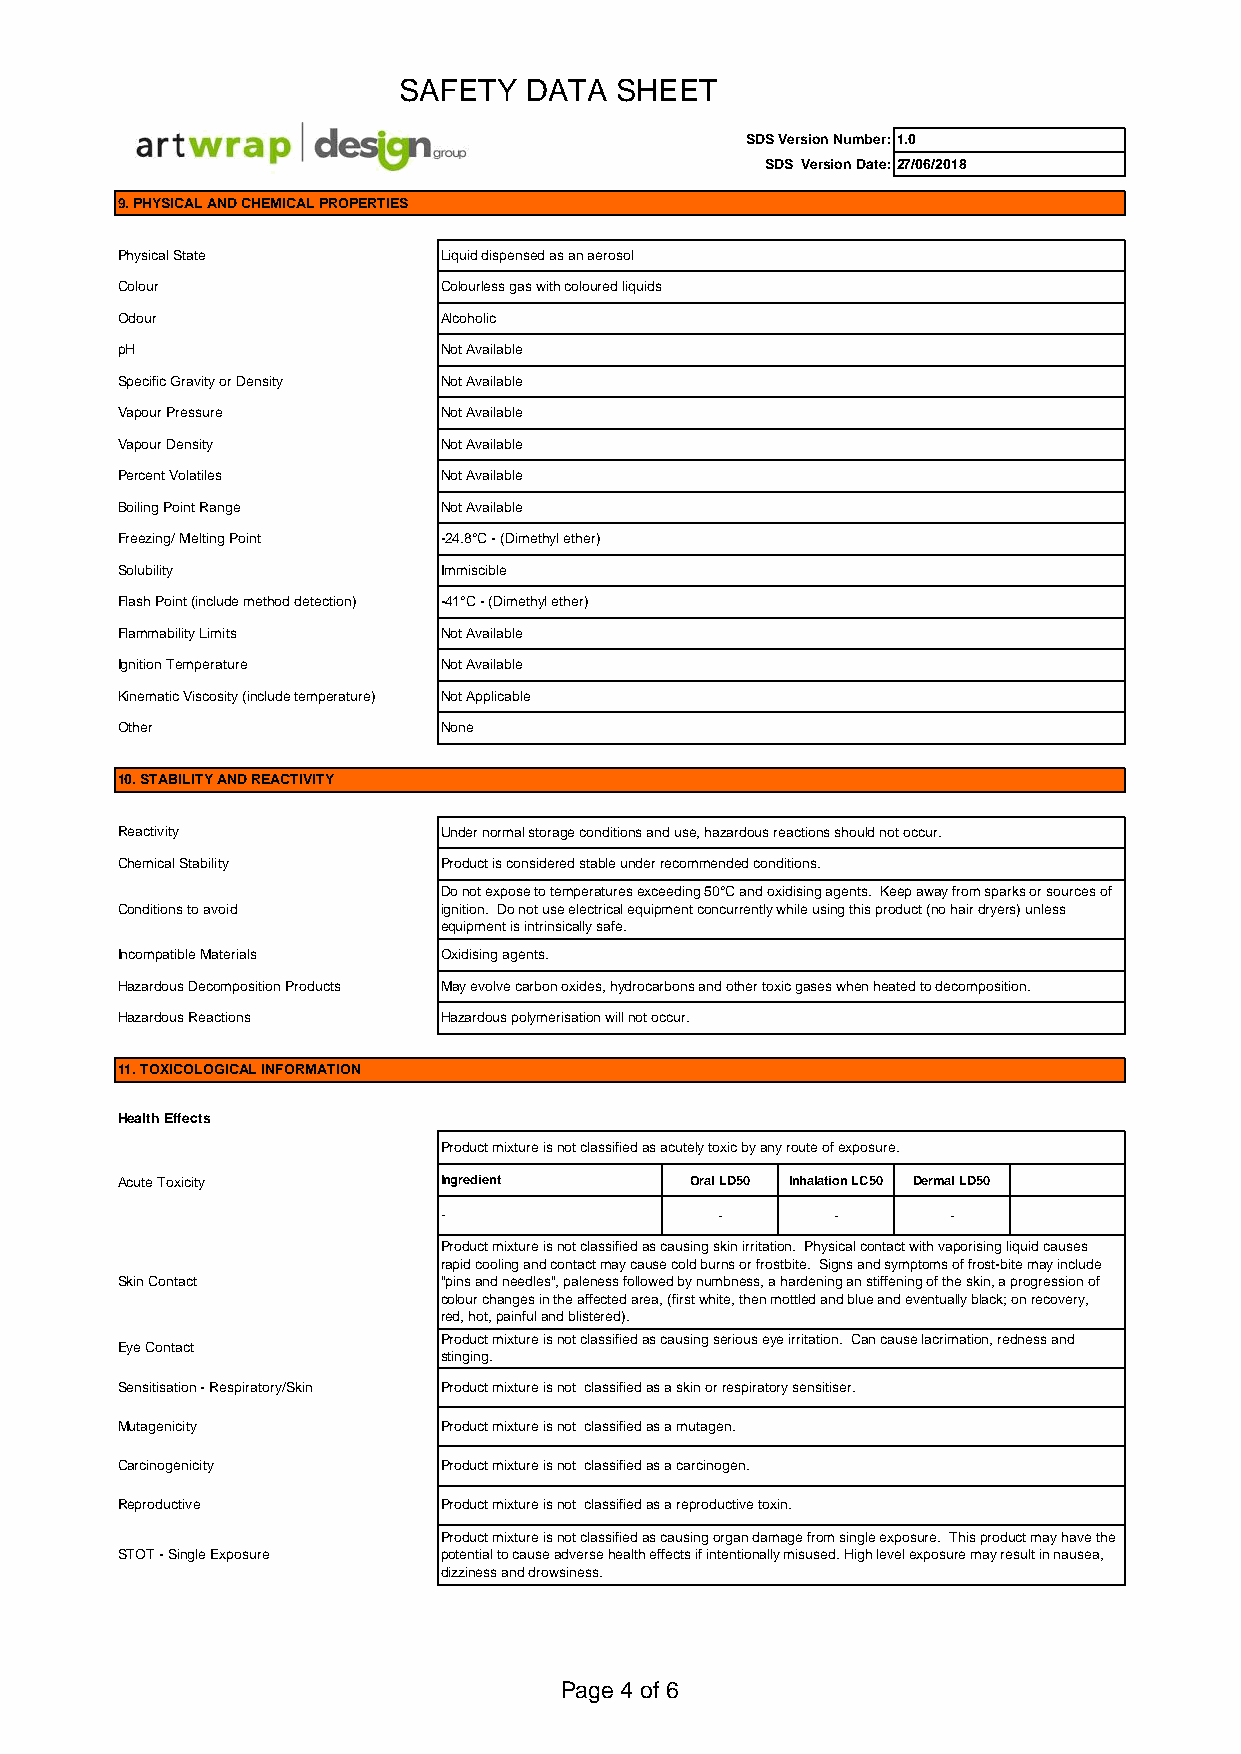
SAFETY   DATA  SHEET
 SDS Version Number:1.0
 SDS Version Date:27/06/2018
 9. PHYSICAL AND CHEMICAL PROPERTIES
 Physical State       Liquid dispensed as an aerosol
 Colour               Colourless gas with coloured liquids
 Odour                Alcoholic
 pH                   Not Available
 Specific Gravity or Density Not Available
 Vapour Pressure      Not Available
 Vapour Density       Not Available
 Percent Volatiles    Not Available
 Boiling Point Range  Not Available
 Freezing/ Melting Point -24.8°C - (Dimethyl ether)
 Solubility           Immiscible
 Flash Point (include method detection) -41°C - (Dimethyl ether)
 Flammability Limits  Not Available
 Ignition Temperature Not Available
 Kinematic Viscosity (include temperature) Not Applicable
 Other                None
 10. STABILITY AND REACTIVITY
 Reactivity           Under normal storage conditions and use, hazardous reactions should not occur.
 Chemical Stability   Product is considered stable under recommended conditions.
 Do not expose to temperatures exceeding 50°C and oxidising agents. Keep away from sparks or sources of
 Conditions to avoid  ignition. Do not use electrical equipment concurrently while using this product (no hair dryers) unless
 equipment is intrinsically safe.
 Incompatible Materials Oxidising agents.
 Hazardous Decomposition Products May evolve carbon oxides, hydrocarbons and other toxic gases when heated to decomposition.
 Hazardous Reactions  Hazardous polymerisation will not occur.
 11. TOXICOLOGICAL INFORMATION
 Health Effects
 Product mixture is not classified as acutely toxic by any route of exposure.
 Acute Toxicity       Ingredient       Oral LD50 Inhalation LC50 Dermal LD50
 -                 -       -       -
 Product mixture is not classified as causing skin irritation. Physical contact with vaporising liquid causes
 rapid cooling and contact may cause cold burns or frostbite. Signs and symptoms of frost-bite may include
 Skin Contact         "pins and needles", paleness followed by numbness, a hardening an stiffening of the skin, a progression of
 colour changes in the affected area, (first white, then mottled and blue and eventually black; on recovery,
 red, hot, painful and blistered).
 Product mixture is not classified as causing serious eye irritation. Can cause lacrimation, redness and
 Eye Contact
 stinging.
 Sensitisation - Respiratory/Skin Product mixture is not classified as a skin or respiratory sensitiser.
 Mutagenicity         Product mixture is not classified as a mutagen.
 Carcinogenicity      Product mixture is not classified as a carcinogen.
 Reproductive         Product mixture is not classified as a reproductive toxin.
 Product mixture is not classified as causing organ damage from single exposure. This product may have the
 STOT - Single Exposure potential to cause adverse health effects if intentionally misused. High level exposure may result in nausea,
 dizziness and drowsiness.
 Page 4 of 6